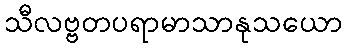
သီလဗ္ဗတပရာမာသာနုသယော